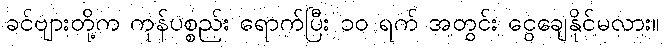
ခင်ဗျားတို့က ကုန်ပစ္စည်း ရောက်ပြီး ၁၀ ရက် အတွင်း ငွေချေနိုင်မလား။